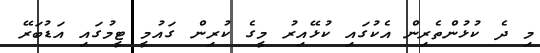
މި ދެ ކުޅުންތެރިން އެކުގައި ކުޅޭއިރު މީގެ ކުރިން ގައުމީ ޓީމުގައި އަޑުބަރޭ